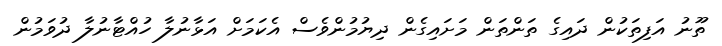
ތޫނު އަފިތަކުން ދައިގެ ތަންތަން މަށައިގެން ދިޔުމުންވެސް އެކަމަށް އަޅާނުލާ ހުއްޓާނުލާ ދުވަމުން